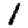
Digit: 1